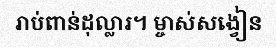
រាប់ពាន់ដុល្លារ។ ម្ចាស់សង្វៀន